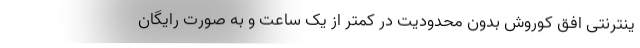
ینترنتی افق کوروش بدون محدودیت در کمتر از یک ساعت و به صورت رایگان